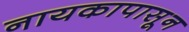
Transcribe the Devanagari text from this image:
नायकापासून